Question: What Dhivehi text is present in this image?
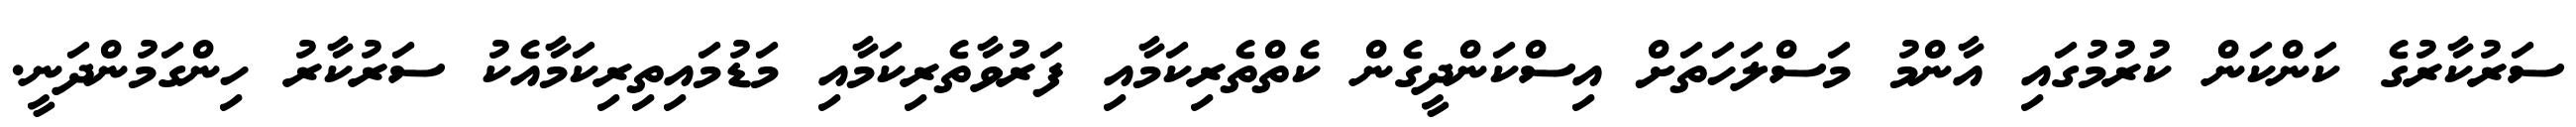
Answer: ސަރުކާރުގެ ކަންކަން ކުރުމުގައި އާންމު މަސްލަހަތަށް އިސްކަންދީގެން ކެތްތެރިކަމާއި ފަރުވާތެރިކަމާއި މަޑުމައިތިރިކަމާއެކު ސަރުކާރު ހިންގަމުންދަނީ.